Indian journal of veterinary science and animal husbandry - Volume 1,
Year: 1931
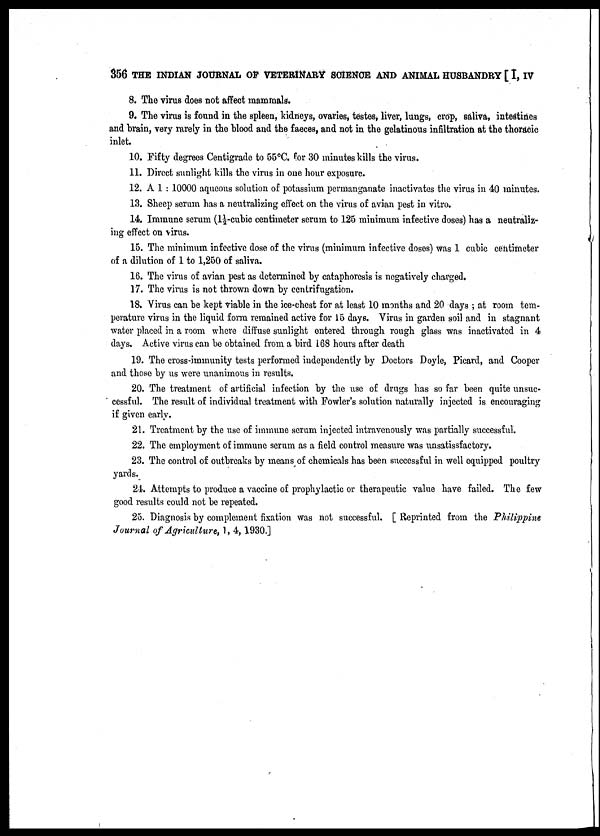
356 THE INDIAN JOURNAL OF VETERINARY SCIENCE AND ANIMAL HUSBANDRY [ I, IV
8. The virus does not affect mammals.
9. The virus is found in the spleen, kidneys, ovaries, testes, liver, lungs, crop, saliva, intestines
and brain, very rarely in the blood and the faeces, and not in the gelatinous infiltration at the thoracic
inlet.
10. Fifty degrees Centigrade to 55°C. for 30 minutes kills the virus.
11. Direct sunlight kills the virus in one hour exposure.
12. A 1 : 10000 aqueous solution of potassium permanganate inactivates the virus in 40 minutes.
13. Sheep serum has a neutralizing effect on the virus of avian pest in vitro.
14. Immune serum (l½-cuhic centimeter serum to 125 minimum infective doses) has a neutraliz-
ing effect on virus.
15. The minimum infective dose of the virus (minimum infective doses) was 1 cubic centimeter
of a dilution of 1 to 1,250 of saliva.
16. The virus of avian pest as determined by cataphoresis is negatively charged.
17. The virus is not thrown down by centrifugation.
18. Virus can be kept viable in the ice-chest for at least 10 months and 20 days ; at room tem-
perature virus in the liquid form remained active for 15 days. Virus in garden soil and in stagnant
water placed in a room where diffuse sunlight entered through rough glass was inactivated in 4
days. Active virus can be obtained from a bird 168 hours after death
19. The cross-immunity tests performed independently by Doctors Doyle, Picard, and Cooper
and those by us were unanimous in results.
20. The treatment of artificial infection by the use of drugs has so far been quite unsuc-
cessful. The result of individual treatment with Fowler's solution naturally injected is encouraging
if given early.
21. Treatment by the use of immune serum injected intravenously was partially successful.
22. The employment of immune serum as a field control measure was unsatissfactory.
23. The control of outbreaks by means of chemicals has been successful in well equipped poultry
yards.
24. Attempts to produce a vaccine of prophylactic or therapeutic value have failed. The few
good results could not be repeated.
25. Diagnosis by complement fixation was not successful. [ Reprinted from the Philippine
Journal of Agriculture, 1, 4,1930.]